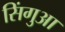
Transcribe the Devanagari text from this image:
सिंगुआ